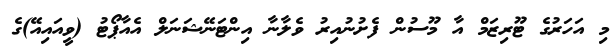
މި އަހަރުގެ ޓޫރިޒަމް އާ މޫސުން ފެށުނުއިރު ވެލާނާ އިންޓަނޭޝަނަލް އެއާޕޯޓު (ވީއައިއޭ)ގެ